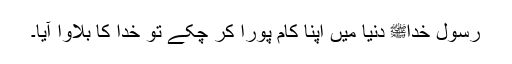
رسول خداﷺ دنیا میں اپنا کام پورا کر چکے تو خدا کا بلاوا آیا۔